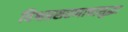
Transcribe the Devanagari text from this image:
विश्वप्रसरणाचासुद्धा